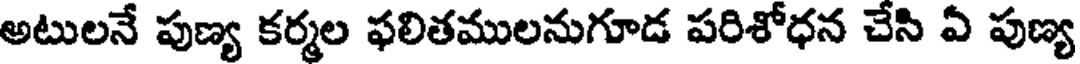
అటులనే పుణ్య కర్మల ఫలితములనుగూడ పరిశోధన చేసి ఏ పుణ్య